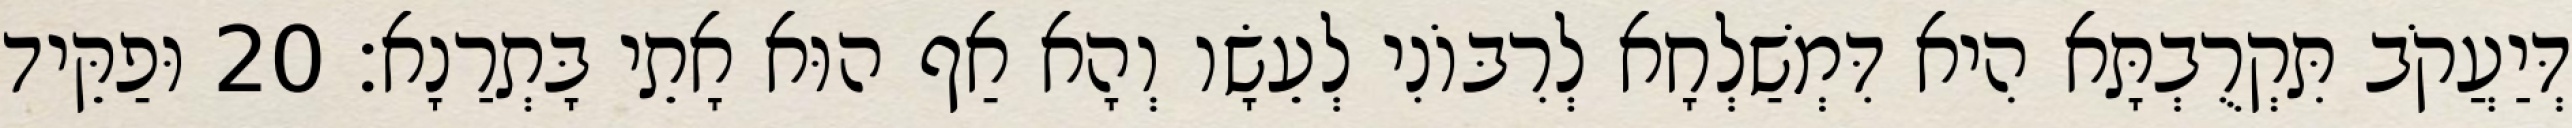
דְּיַעֲקֹב תִּקְרֻבְתָּא הִיא דִּמְשַׁלְחָא לְרִבּוֹנִי לְעֵשָׂו וְהָא אַף הוּא אָתֵי בָּתְרַנָא׃ 20 וּפַקֵּיד